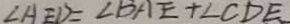
\angle A E D = \angle B A E + \angle C D E